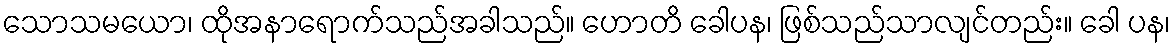
သောသမယော၊ ထိုအနာရောက်သည်အခါသည်။ ဟောတိ ခေါပန၊ ဖြစ်သည်သာလျင်တည်း။ ခေါ ပန၊